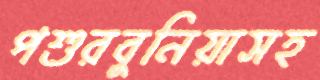
পশুরবুনিয়াসহ